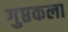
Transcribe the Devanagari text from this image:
गुप्तकला